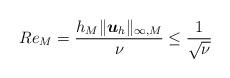
LaTeX: \begin{align*} Re_M &= \frac{h_M\|\boldsymbol{u}_h\|_{\infty,M}}{\nu} \le \frac{1}{\sqrt{\nu}}\end{align*}